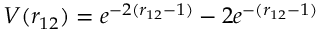
V ( r _ { 1 2 } ) = e ^ { - 2 ( r _ { 1 2 } - 1 ) } - 2 e ^ { - ( r _ { 1 2 } - 1 ) }